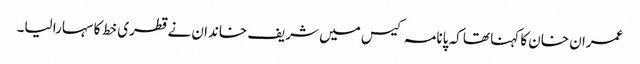
عمران خان کا کہنا تھا کہ پانامہ کیس میں شریف خاندان نے قطری خط کا سہارا لیا۔